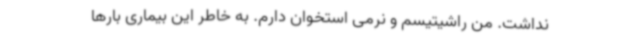
نداشت. من راشیتیسم و نرمی استخوان دارم. به‌ خاطر این بیماری بارها